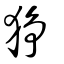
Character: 猙